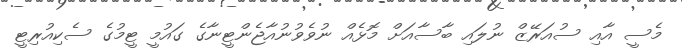
މެސީ އާއި ސުއަރޭޒް ނުލައި ބާސާއަށް މޮޅެއް ނުވެވުނުއާޖެންޓީނާގެ ގައުމީ ޓީމުގެ ސެކިއުރިޓީ